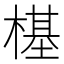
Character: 樭